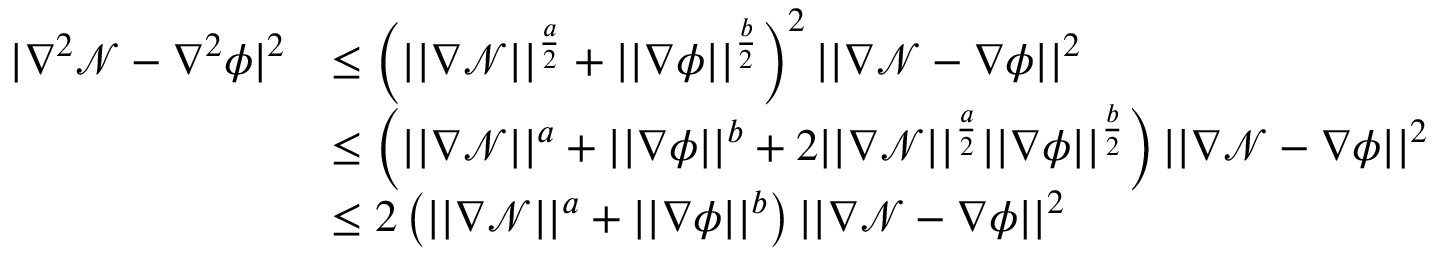
\begin{array} { r l } { | \nabla ^ { 2 } \mathcal { N } - \nabla ^ { 2 } \phi | ^ { 2 } } & { \leq \left( | | \nabla \mathcal { N } | | ^ { \frac { a } { 2 } } + | | \nabla \phi | | ^ { \frac { b } { 2 } } \right) ^ { 2 } | | \nabla \mathcal { N } - \nabla \phi | | ^ { 2 } } \\ & { \leq \left( | | \nabla \mathcal { N } | | ^ { a } + | | \nabla \phi | | ^ { b } + 2 | | \nabla \mathcal { N } | | ^ { \frac { a } { 2 } } | | \nabla \phi | | ^ { \frac { b } { 2 } } \right) | | \nabla \mathcal { N } - \nabla \phi | | ^ { 2 } } \\ & { \leq 2 \left( | | \nabla \mathcal { N } | | ^ { a } + | | \nabla \phi | | ^ { b } \right) | | \nabla \mathcal { N } - \nabla \phi | | ^ { 2 } } \end{array}